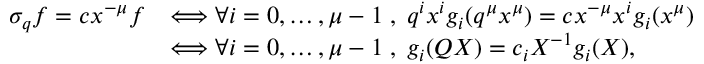
\begin{array} { r l } { \sigma _ { q } f = c x ^ { - \mu } f } & { \Longleftrightarrow \forall i = 0 , \ldots , \mu - 1 \; , \; q ^ { i } x ^ { i } g _ { i } ( q ^ { \mu } x ^ { \mu } ) = c x ^ { - \mu } x ^ { i } g _ { i } ( x ^ { \mu } ) } \\ & { \Longleftrightarrow \forall i = 0 , \ldots , \mu - 1 \; , \; g _ { i } ( Q X ) = c _ { i } X ^ { - 1 } g _ { i } ( X ) , } \end{array}